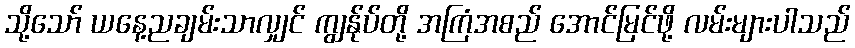
သို့သော် ယနေ့ညချမ်းသာလျှင် ကျွန်ုပ်တို့ အကြံအစည် အောင်မြင်ဖို့ လမ်းများပါသည်